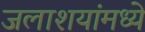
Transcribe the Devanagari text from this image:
जलाशयांमध्ये